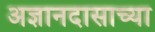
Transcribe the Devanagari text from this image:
अज्ञानदासाच्या